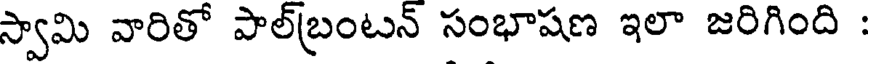
స్వామి వారితో పాల్బ్రంటన్ సంభాషణ ఇలా జరిగింది :